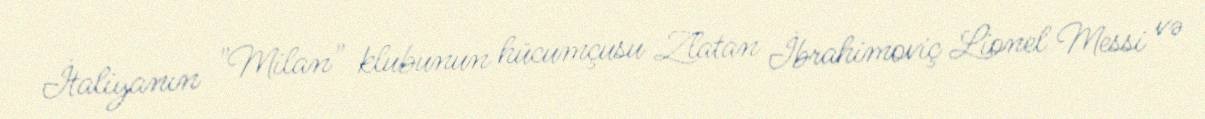
İtaliyanın "Milan" klubunun hücumçusu Zlatan İbrahimoviç Lionel Messi və